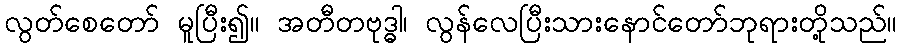
လွတ်စေတော် မူပြီး၍။ အတီတဗုဒ္ဓါ၊ လွန်လေပြီးသားနောင်တော်ဘုရားတို့သည်။